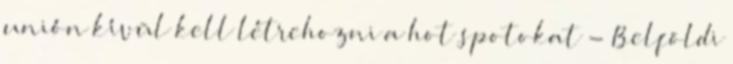
unión kívül kell létrehozni a hot spotokat - Belföldi